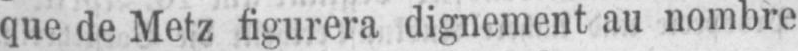
que de Metz figurera dignement au nombre